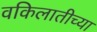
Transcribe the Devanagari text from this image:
वकिलातीच्या